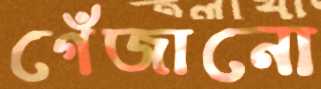
গেঁজানো